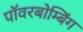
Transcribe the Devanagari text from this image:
पॉवरबोम्बिंग